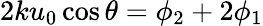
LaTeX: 2ku_{0}\cos\theta=\phi_{2}+2\phi_{1}